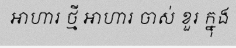
អាហារ ថ្មី អាហារ ចាស់ ខួរ ក្នុង